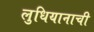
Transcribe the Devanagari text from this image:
लुधियानाची